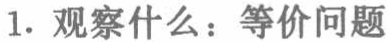
1. 观察什么：等价问题